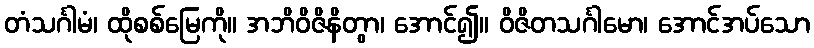
တံသင်္ဂါမံ၊ ထိုစစ်မြေကို။ အဘိဝိဇိနိတွာ၊ အောင်၍။ ဝိဇိတသင်္ဂါမော၊ အောင်အပ်သော